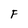
Character: F